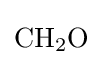
{\mathrm {CH} {\vphantom {A}}_{\smash[{t}]{2}}\mathrm {O} }